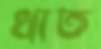
খাত